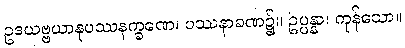
ဥဒယဗ္ဗယာနုပဿနက္ခဏေ၊ ပဿနာခဏ၌။ ဥပ္ပန္နာ၊ ကုန်သော။